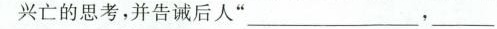
兴亡的思考，并告诫后人”___，